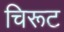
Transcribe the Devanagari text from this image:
चिरूट